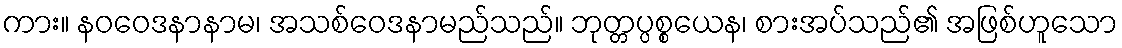
ကား။ နဝဝေဒနာနာမ၊ အသစ်ဝေဒနာမည်သည်။ ဘုတ္တပ္ပစ္စယေန၊ စားအပ်သည်၏ အဖြစ်ဟူသော